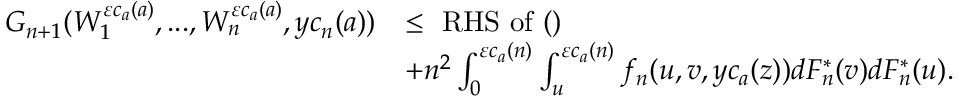
\begin{array} { r l } { G _ { n + 1 } ( W _ { 1 } ^ { \varepsilon c _ { a } ( a ) } , . . . , W _ { n } ^ { \varepsilon c _ { a } ( a ) } , y c _ { n } ( a ) ) } & { \leq \mathrm { ~ R H S ~ o f ~ ( } ) } \\ & { + n ^ { 2 } \int _ { 0 } ^ { \varepsilon c _ { a } ( n ) } \int _ { u } ^ { \varepsilon c _ { a } ( n ) } f _ { n } ( u , v , y c _ { a } ( z ) ) d F _ { n } ^ { * } ( v ) d F _ { n } ^ { * } ( u ) . } \end{array}